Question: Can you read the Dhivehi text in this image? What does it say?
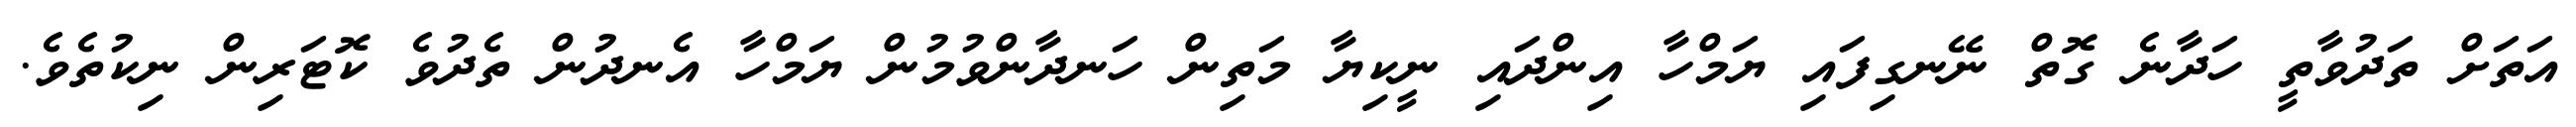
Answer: އަތަށް ތަދުވާތީ ހަދާނެ ގޮތް ނޭނގިފައި ޔަމްހާ އިންދައި ނީކިޔާ މަތިން ހަނދާންވުމުން ޔަމްހާ އެނދުން ތެދުވެ ކޮޓަރިން ނިކުތެވެ.